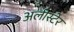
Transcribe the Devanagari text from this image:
अलीस्टेर